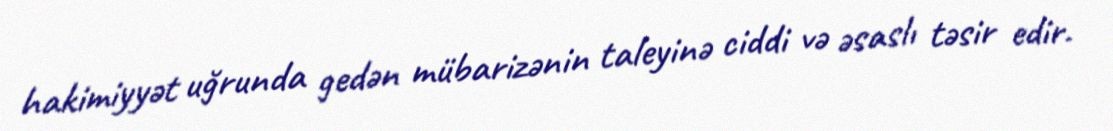
hakimiyyət uğrunda gedən mübarizənin taleyinə ciddi və əsaslı təsir edir.